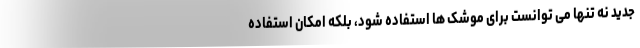
جدید نه تنها می توانست برای موشک ها استفاده شود، بلکه امکان استفاده